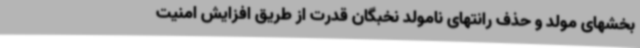
بخشهای مولد و حذف رانتهای نامولد نخبگان قدرت از طریق افزایش امنیت